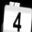
Digit: 4